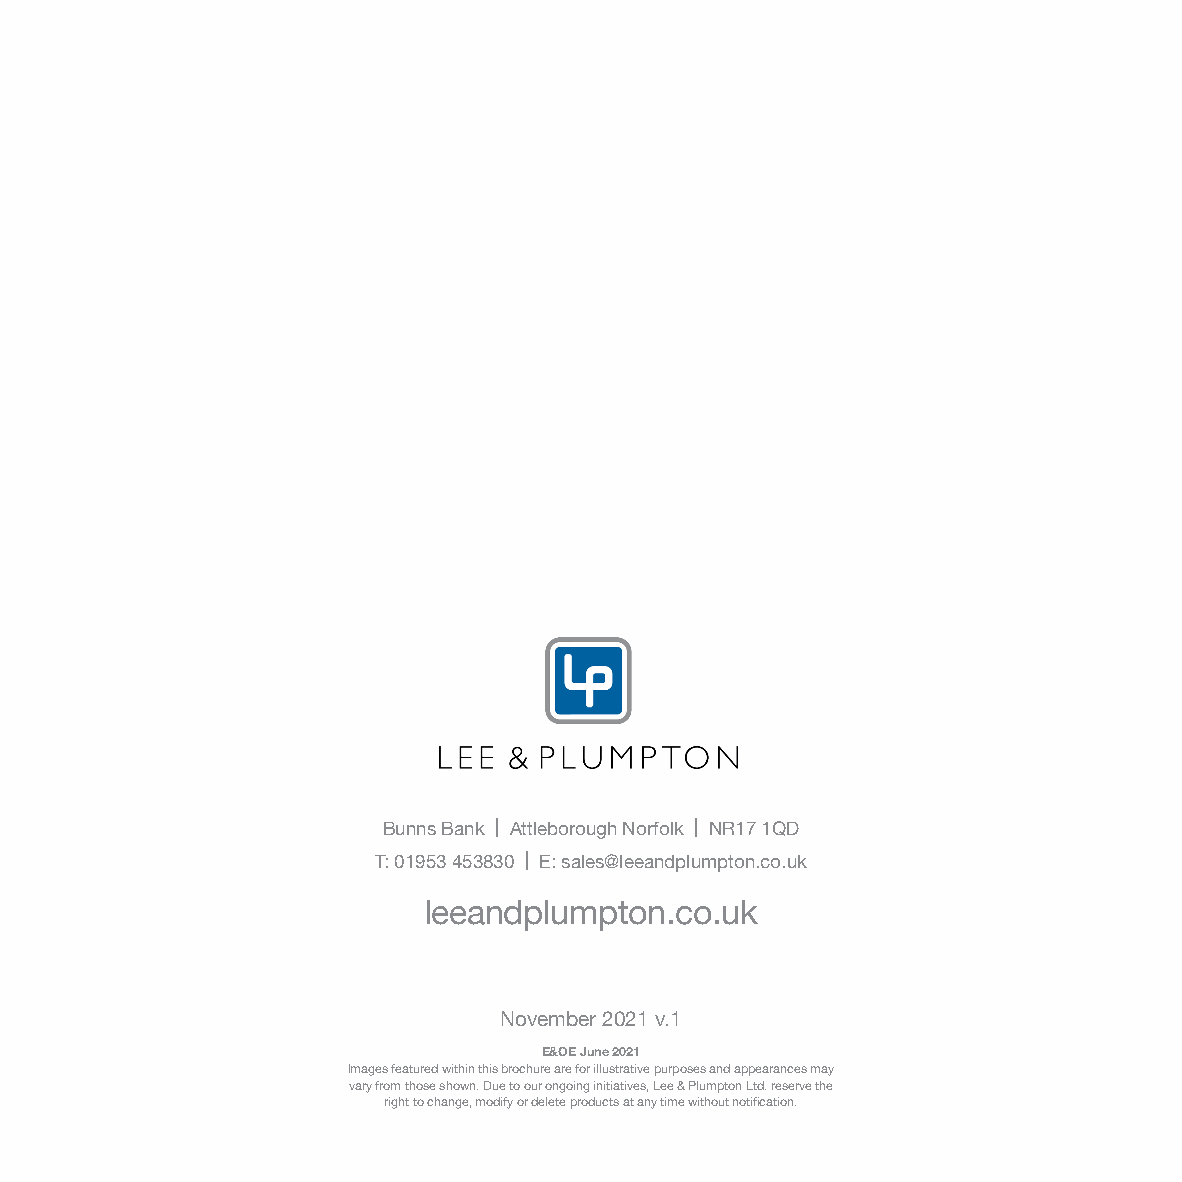
Bunns Bank | Attleborough Norfolk | NR17 1QD
 T: 01953 453830 | E: sales@leeandplumpton.co.uk
 leeandplumpton.co.uk
 November 2021 v.1
 E&OE June 2021
 Images featured within this brochure are for illustrative purposes and appearances may
 vary from those shown. Due to our ongoing initiatives, Lee & Plumpton Ltd. reserve the
 right to change, modify or delete products at any time without notification.